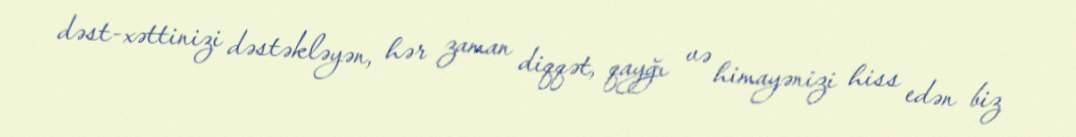
dəst-xəttinizi dəstəkləyən, hər zaman diqqət, qayğı və himayənizi hiss edən biz